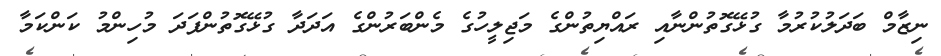
ނިޒާމް ބަދަލުކުރުމާ ގުޅޭގޮތުންނާއި ރައްޔިތުންގެ މަޖިލީހުގެ މެންބަރުންގެ އަދަދާ ގުޅޭގޮތުންފަދަ މުހިންމު ކަންކަމާ